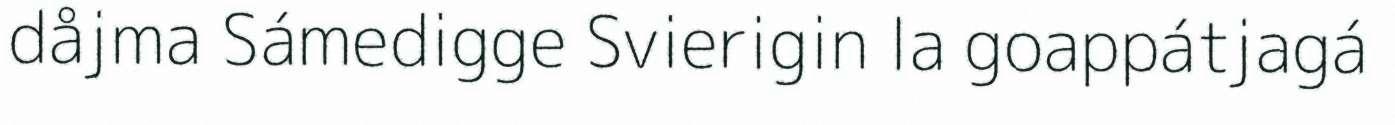
dåjma Sámedigge Svierigin la goappátjagá